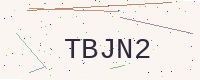
Text: TBJN2